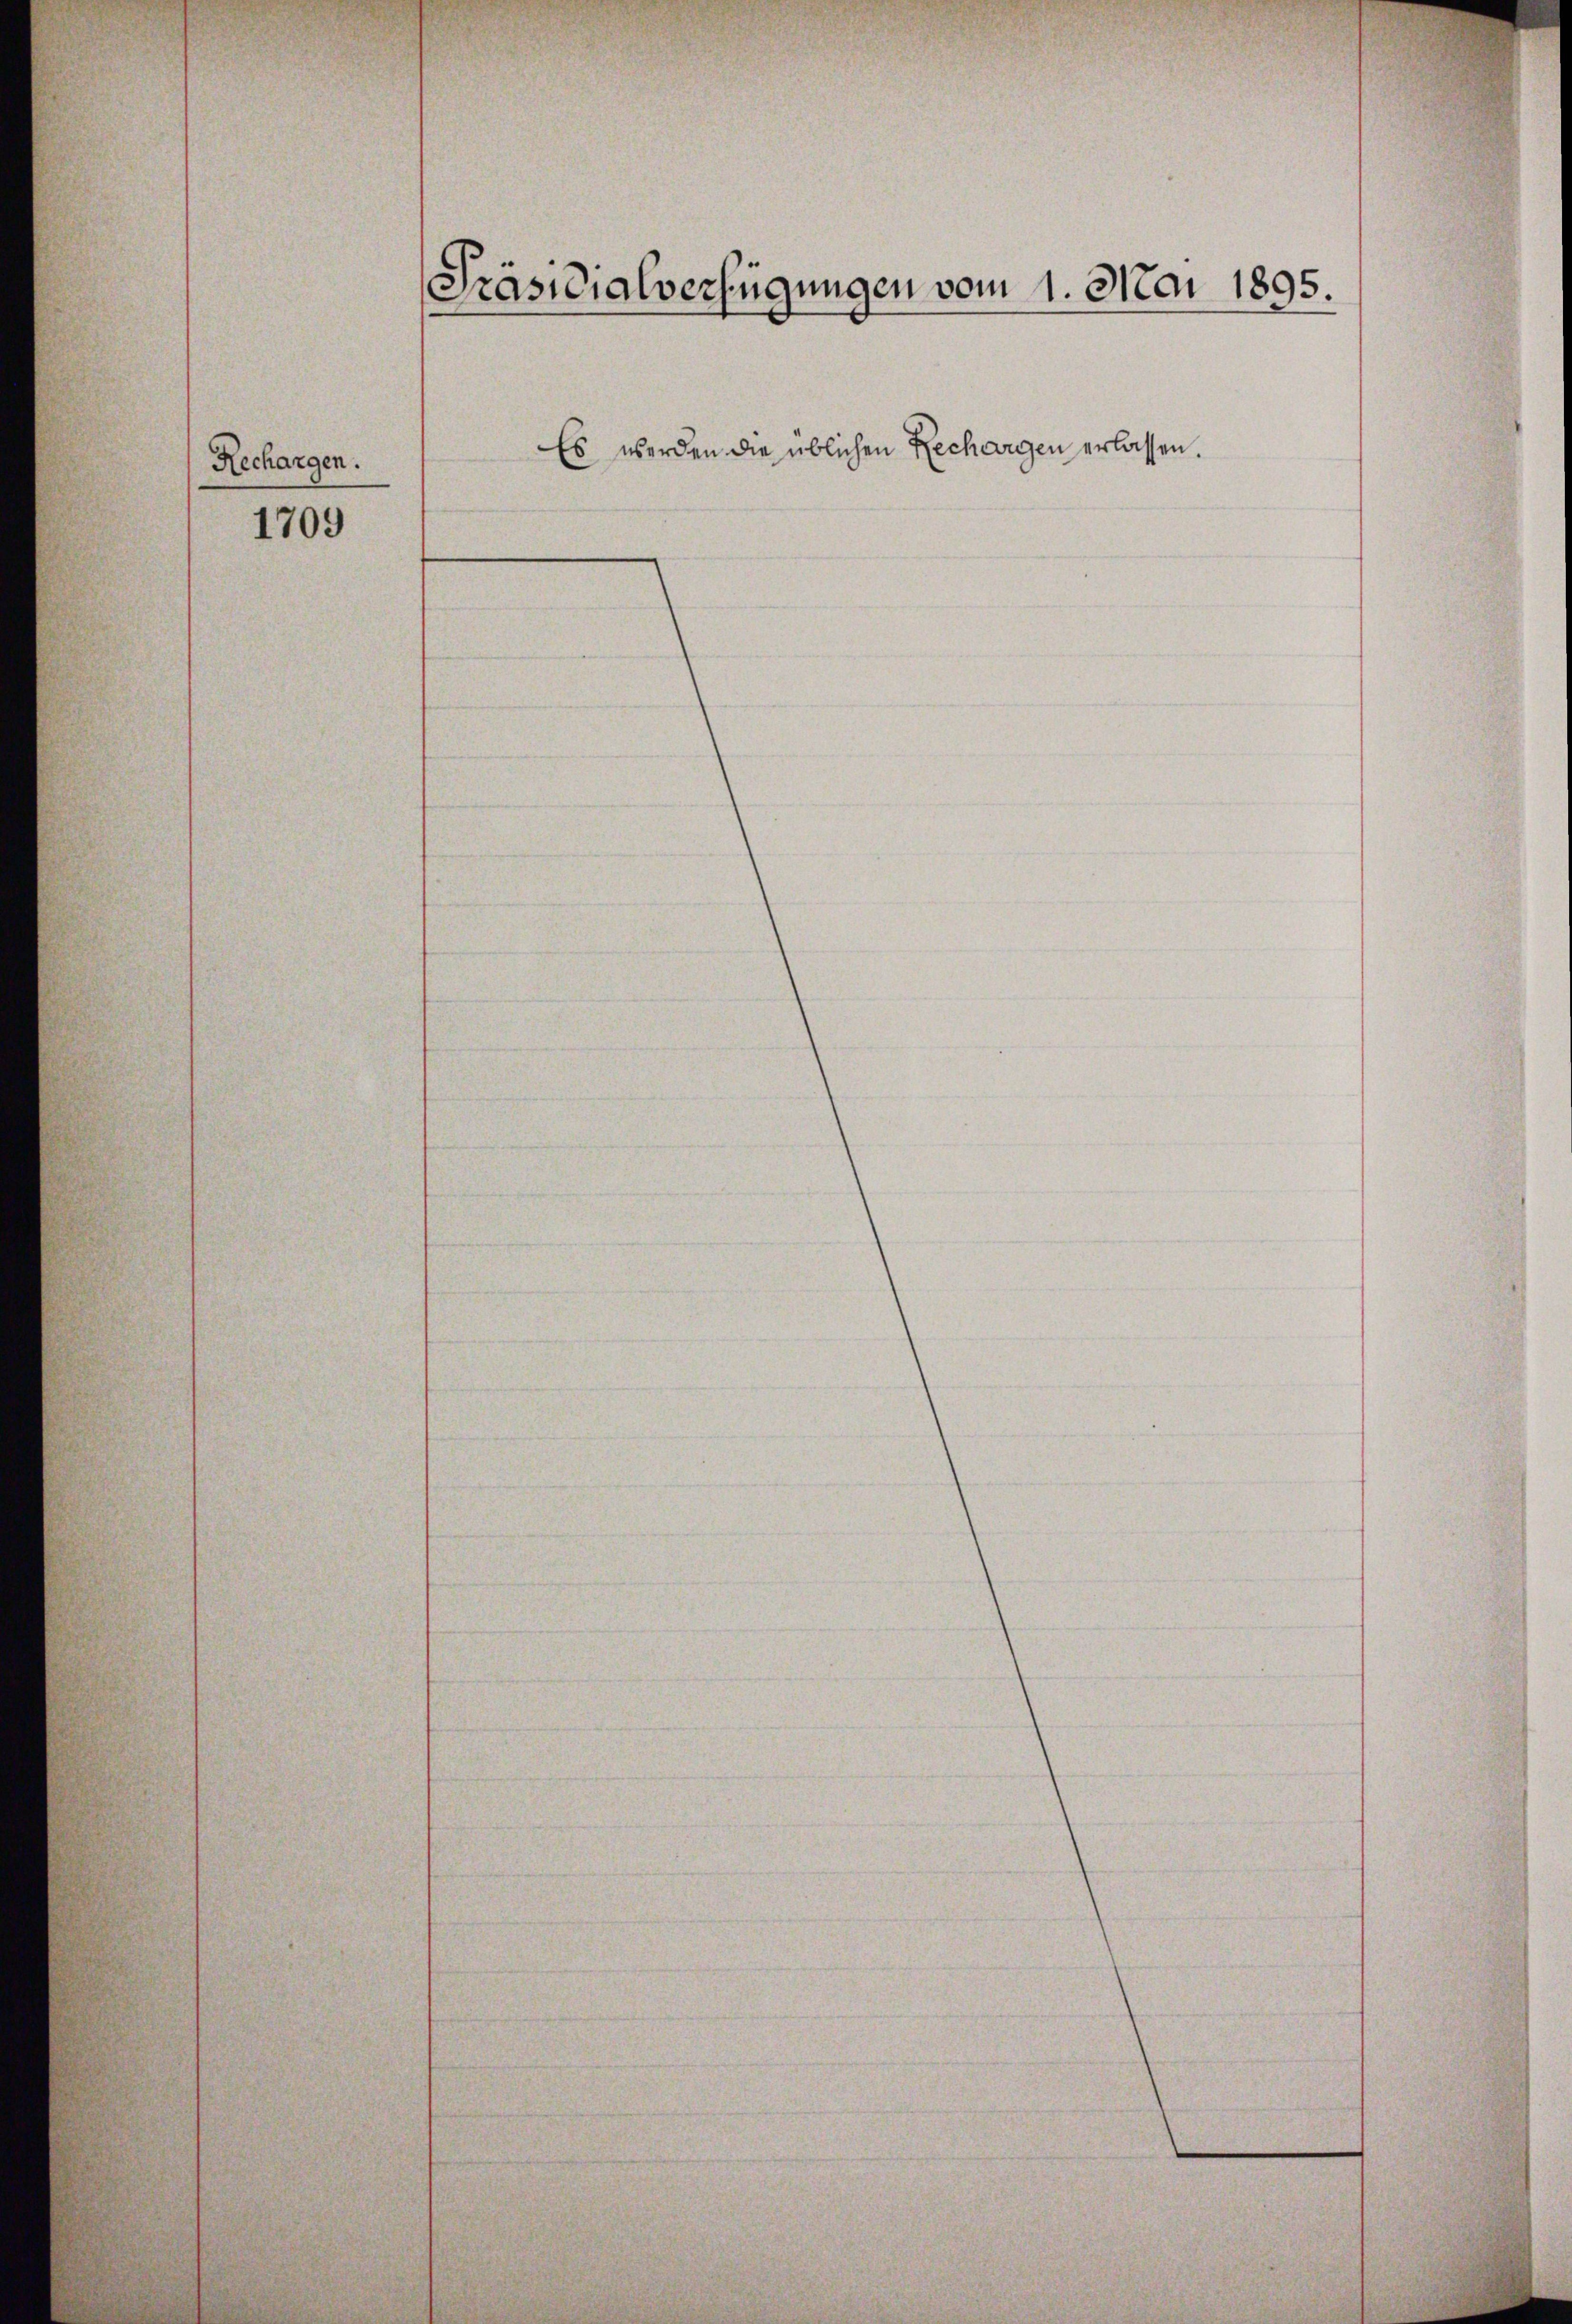
Rechargen.

1709

Präsidialverfügungen vom 1. Mai 1895.

Es werden die üblichen Rechargen erlassen.